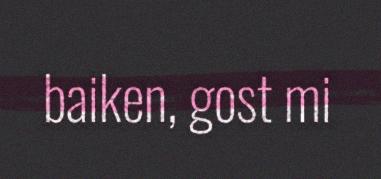
baiken, gost mi